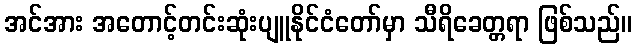
အင်အား အတောင့်တင်းဆုံးပျူနိုင်ငံတော်မှာ သီရိခေတ္တရာ ဖြစ်သည်။